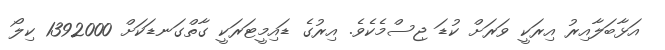
އަޅާބަލާއިރު އިރަކީ ވަރަށް ކުޑަ ޖިސްމެކެވެ. އިރުގެ ޑައިމީޓަރަކީ ގާތްގަނޑަކަށް 1392000 ކިލޯ